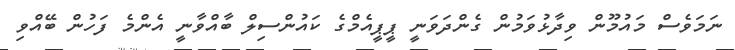
ނަމަވެސް މައުމޫން ވިދާޅުވަމުން ގެންދަވަނީ ޕީޕީއެމްގެ ކައުންސިލް ބާއްވާނީ އެންމެ ފަހުން ބޭއްވި